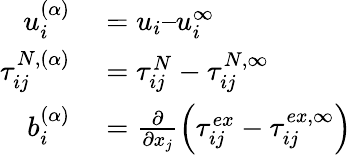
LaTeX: \begin{array}{rl}{u_{i}^{(\alpha)}}&{{}=u_{i}–u_{i}^{\infty}}\\ {\tau_{ij}^{N,(\alpha)}}&{{}=\tau_{ij}^{N}-\tau_{ij}^{N,\infty}}\\ {b_{i}^{(\alpha)}}&{{}=\frac{\partial}{\partial x_{j}}\left(\tau_{ij}^{ex}-\tau_{ij}^{ex,\infty}\right)}\end{array}